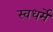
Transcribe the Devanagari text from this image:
स्वधर्मे